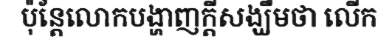
ប៉ុន្តែលោកបង្ហាញក្តីសង្ឃឹមថា លើក